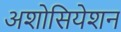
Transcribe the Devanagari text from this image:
अशोसियेशन